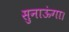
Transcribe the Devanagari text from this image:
सुनाऊंगा।